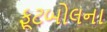
ફૂટબોલના